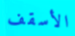
الأسقف